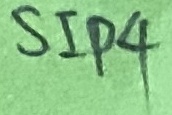
Text: SIP4